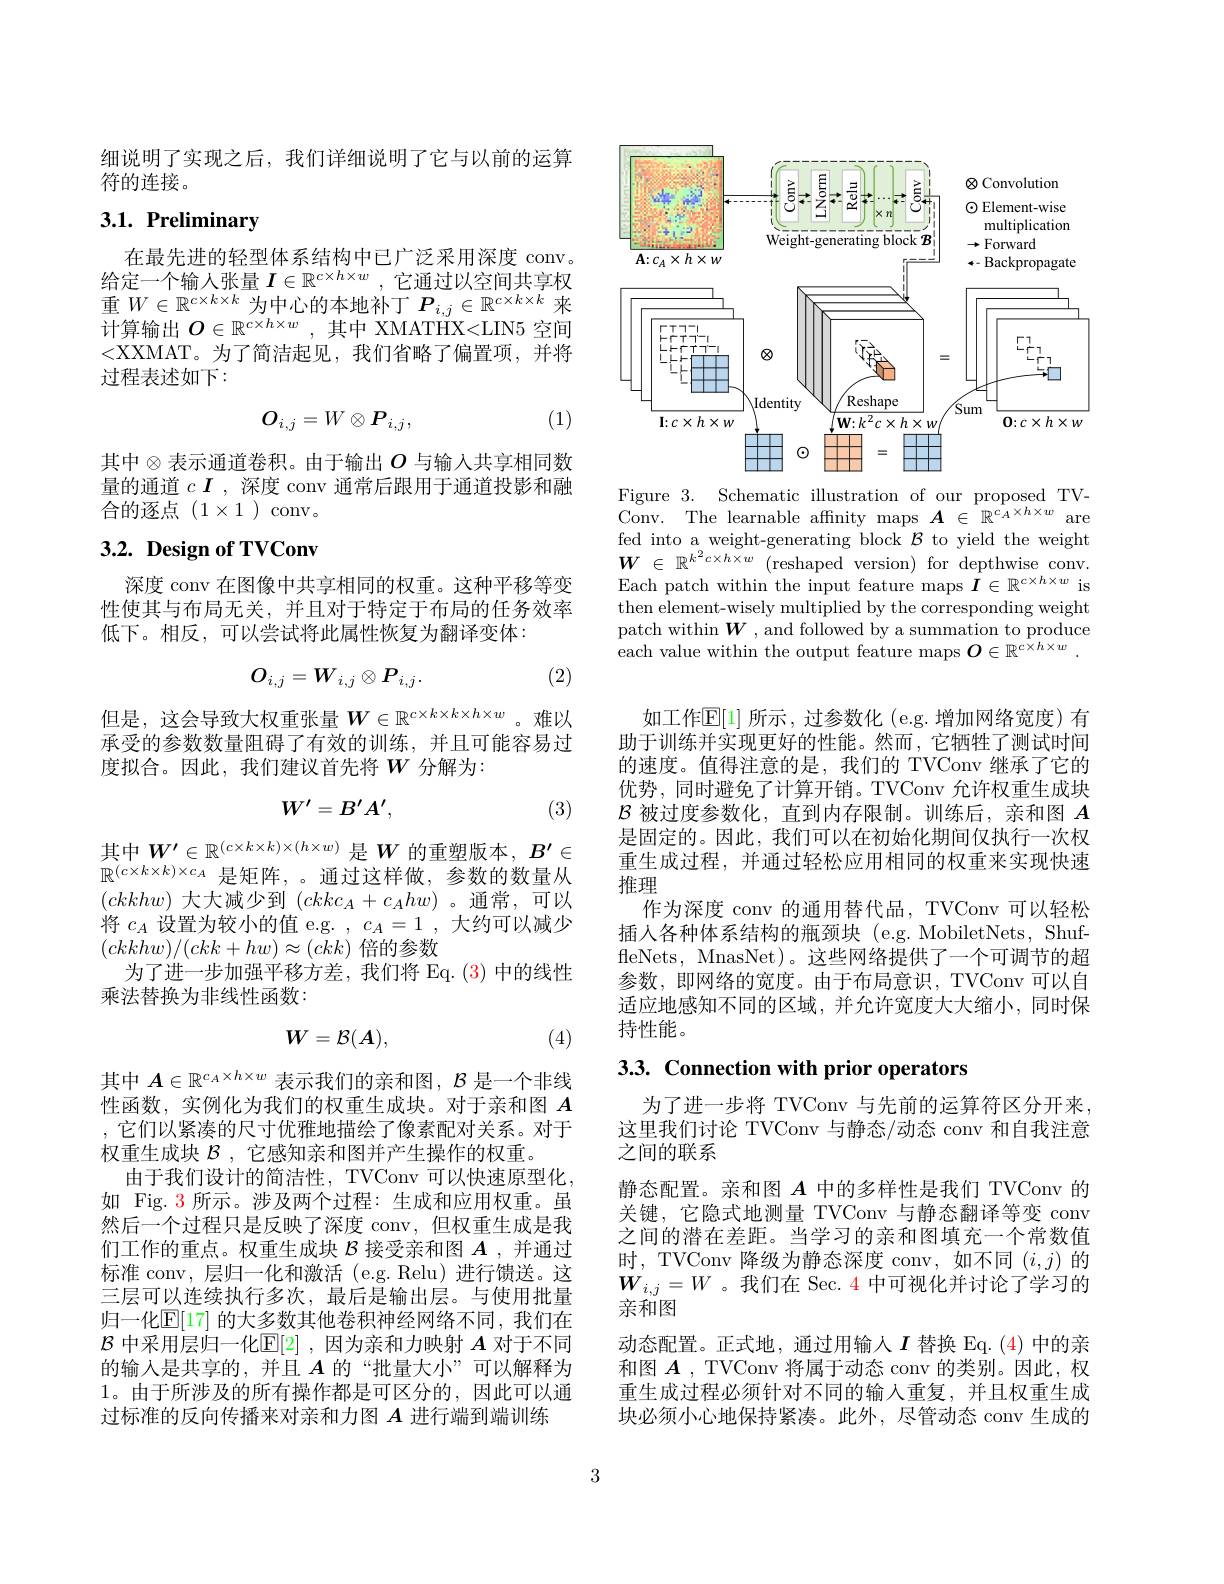
细说明了实现之后，我们详细说明了它与以前的运算
符的连接。

# 3.1. Preliminary

在最先进的轻型体系结构中已广泛采用深度 conv。给定一个输入张量$I\in\mathbb{R}^{c\times h\times w}$,它通过以空间共享权重$W\in\mathbb{R}^{c\times k\times k}$为中心的本地补丁$P_i,j\in\mathbb{R}^{c\times k\times k}$来$\overline{\text{计算输出 }O}\in\mathbb{R}^{c\times h\times w}$,其中 XMATHX<LIN5 空间<XXMAT。为了简洁起见，我们省略了偏置项，并将过程表述如下：

(1)
$$O_{i,j}=W\otimes P_{i,j},$$
其中$\otimes$表示通道卷积。由于输出$O$ 与输入共享相同数量的通道$c\boldsymbol{I}$,深度 conv 通常后跟用于通道投影和融合的逐点$(1\times1)$ conv。

# $3. 2. \textbf{ Design of TVConv}$

深度 conv 在图像中共享相同的权重。这种平移等变性使其与布局无关，并且对于特定于布局的任务效率低下。相反，可以尝试将此属性恢复为翻译变体：

(2)
$$O_{i,j}=W_{i,j}\otimes P_{i,j}.$$
但是，这会导致大权重张量$W\in\mathbb{R}^c\times k\times k\times h\times w$。难以承受的参数数量阻碍了有效的训练，并且可能容易过度拟合。因此，我们建议首先将$W$ 分解为：
$$W'=B'A',$$
(3)

其中$W^\prime\in\mathbb{R}^{(c\times k\times k)\times(h\times w)}$是$W$的重塑版本，$B^\prime\in$ $\mathbb{R}^{(c\times k\times k)\times c_A}$是矩阵，。通过这样做，参数的数量从$(ckkhw)$大大减少到$(ckkc_A+c_Ahw)$。通常，可以将$c_A$设置为较小的值 e.g. $,c_A=1$,大约可以减少$(ckkhw)/(ckk+hw)\approx(ckk)$倍的参数
为了进一步加强平移方差，我们将 Eq.(3) 中的线性
乘法替换为非线性函数：
$$W=\mathcal{B}(A),$$
(4)

其中$A\in\mathbb{R}^{c_A\times h\times w}$表示我们的亲和图，$\mathcal{B}$是一个非线性函数，实例化为我们的权重生成块。对于亲和图$A$ ,它们以紧凑的尺寸优雅地描绘了像素配对关系。对于权重生成块$\mathcal{B}$ ,它感知亲和图并产生操作的权重。
由于我们设计的简洁性，TVConv 可以快速原型化， 如 Fig. 3 所示。涉及两个过程：生成和应用权重。虽然后一个过程只是反映了深度 conv,但权重生成是我们工作的重点。权重生成块$\mathcal{B}$接受亲和图$A$ ,并通过标准 conv, 层归一化和激活 (e.g. Relu) 进行馈送。这三层可以连续执行多次，最后是输出层。与使用批量归一化$\mathbb{E}[17]$ 的大多数其他卷积神经网络不同，我们在$\mathcal{B}$中采用层归一化$\mathbb{E}[2]$ ,因为亲和力映射$A$对于不同的输入是共享的，并且$\boldsymbol{A}$的“批量大小”可以解释为1。由于所涉及的所有操作都是可区分的，因此可以通过标准的反向传播来对亲和力图$A$进行端到端训练

<FigureHere>
Figure 3. Schematic illustration of our proposed TV-

Conv. The learnable affnity maps $\boldsymbol{A}\in\mathbb{R}^{c_{A}\times h\times w}$ are fed into a weight-generating block $\mathcal{B}$ to yield the weight $\begin{array}{ll}{{W}}&{{\in}}&{{\mathbb{R}^{k^{2}c\times h\times w}}}&{{\mathrm{reshaped~version)~for~depthwise~conv.}}}\\{{\mathrm{T}}}&{{\mathrm{T}}}&{{\mathrm{T}}}&{{\mathrm{T}}}\end{array}$ Each patch within the input feature maps $I\in\mathbb{R}^{c\times h\times w}$ is then element-wisely multiplied by the corresponding weight patch within $\boldsymbol{W}$ , and followed by a summation to produce each value within the output feature maps $O\in \mathbb{R} ^c\times h\times w$ .

如工作$\mathbb{E}[1]$ 所示，过参数化 (e.g.增加网络宽度)有助于训练并实现更好的性能。然而，它牺牲了测试时间的速度。值得注意的是，我们的 TVConv 继承了它的优势，同时避免了计算开销。TVConv 允许权重生成块$\mathcal{B}$被过度参数化，直到内存限制。训练后，亲和图$A$ 是固定的。因此，我们可以在初始化期间仅执行一次权重生成过程，并通过轻松应用相同的权重来实现快速推理
作为深度 conv 的通用替代品，TVConv 可以轻松插人各种体系结构的瓶颈块 (e.g. MobiletNets, ShuffleNets, MnasNet)。这些网络提供了一个可调节的超参数，即网络的宽度。由于布局意识，TVConv 可以自适应地感知不同的区域，并允许宽度大大缩小，同时保持性能。

# 3.3. Connection with prior operators

为了进一步将 TVConv 与先前的运算符区分开来这里我们讨论 TVConv 与静态/动态 conv 和自我注意之间的联系
静态配置。亲和图$A$中的多样性是我们 TVConv 的关键，它隐式地测量 TVConv 与静态翻译等变 conv 之间的潜在差距。当学习的亲和图填充一个常数值时，TVConv 降级为静态深度 conv,如不同$(i,j)$的$\dot{W}_{i,j}=W$。我们在 Sec. 4 中可视化并讨论了学习的亲和图
动态配置。正式地，通过用输入$I$替换 Eq.(4) 中的亲和图$A$ , TVConv 将属于动态 conv 的类别。因此，权重生成过程必须针对不同的输入重复，并且权重生成块必须小心地保持紧凑。此外，尽管动态 conv 生成的

3